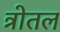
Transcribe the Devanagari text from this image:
त्रोतल